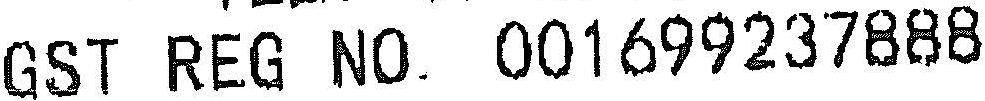
GST REG NO. 001699237888